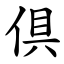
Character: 倶